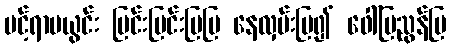
ပင့်ရာမယွင်း ပြင်းပြင်းပြပြ နေလှမ်းပြ၍ ဖေါ်ပြညွန်ပြ